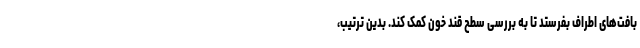
بافت‌های اطراف بفرستد تا به بررسی سطح قند خون کمک کند. بدین ترتیب،